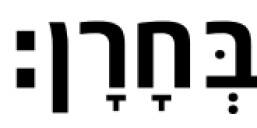
בְּחָרָן׃